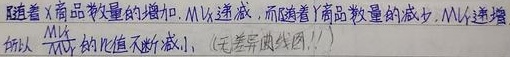
随着\(X\)商品数量的增加，\(MU\)以递减，而随着\(Y\)商品数量的减少，\(MU\)递增，所以\(\frac{MU_X}{MU_Y}\)的比值不断减小。(无差异曲线！)